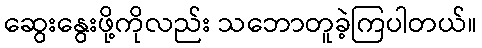
ဆွေးနွေးဖို့ကိုလည်း သဘောတူခဲ့ကြပါတယ်။